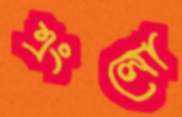
এংলো